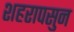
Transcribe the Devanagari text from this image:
शहरापसुन